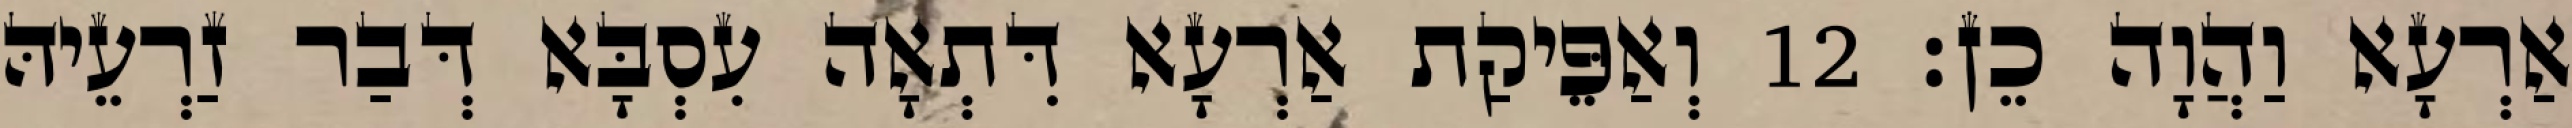
אַרְעָא וַהֲוָה כֵן׃ 12 וְאַפֵּיקַת אַרְעָא דִּתְאָה עִסְבָּא דְּבַר זַרְעֵיהּ